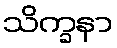
သိက္ခနာ